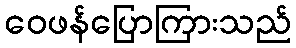
ဝေဖန်ပြောကြားသည်